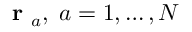
\mathrm { ~ \bf ~ r ~ } _ { a } , \; a = 1 , \dots , N